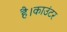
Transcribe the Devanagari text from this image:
है।काउंटर